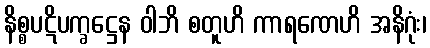
နိစ္စပဋိပက္ခဋ္ဌေန ဝါဘိ စတူဟိ ကာရဏေဟိ အနိဂုံး၊